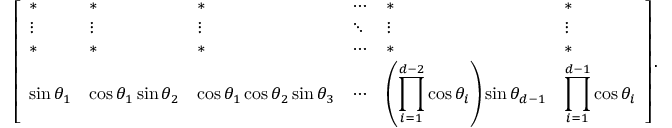
\left[ \begin{array} { l l l l l l } { * } & { * } & { * } & { \cdots } & { * } & { * } \\ { \vdots } & { \vdots } & { \vdots } & { \ddots } & { \vdots } & { \vdots } \\ { * } & { * } & { * } & { \cdots } & { * } & { * } \\ { \sin \theta _ { 1 } } & { \cos \theta _ { 1 } \sin \theta _ { 2 } } & { \cos \theta _ { 1 } \cos \theta _ { 2 } \sin \theta _ { 3 } } & { \cdots } & { \displaystyle \left( \prod _ { i = 1 } ^ { d - 2 } \cos \theta _ { i } \right) \sin \theta _ { d - 1 } } & { \displaystyle \prod _ { i = 1 } ^ { d - 1 } \cos \theta _ { i } } \end{array} \right] .